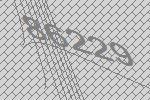
86229